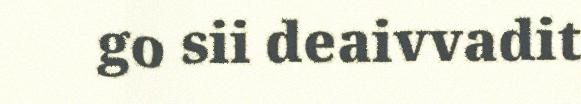
go sii deaivvadit